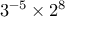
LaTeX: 3 ^ { - 5 } \times 2 ^ { 8 }